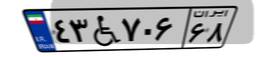
۸۸W۸۹۵۵۱